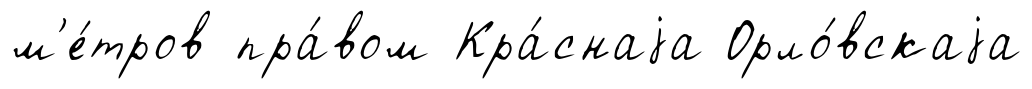
м'е́тров пра́вом Кра́снаjа Орло́вскаjа